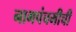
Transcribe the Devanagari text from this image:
नागपंचमीची